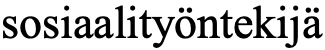
sosiaalityöntekijä